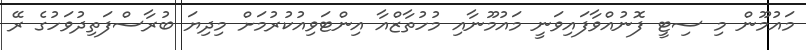
މައުމޫން މި ސިޓީ ފޮނުއްވާފައިވަނީ މައުމޫނާއި މުހުތާޒްއާ އިންޓަވިއުކުރުމަށް މިދިޔަ ބުރާސްފަތިދުވަހުގެ ރޭ